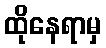
ထိုနေရာမှ